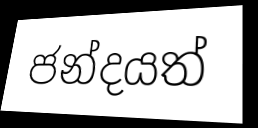
ජන්දයත්